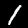
Digit: 1